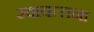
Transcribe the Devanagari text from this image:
स्वायत्त्तना